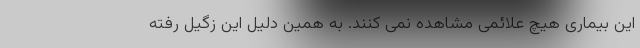
این بیماری هیچ علائمی مشاهده نمی کنند. به همین دلیل این زگیل رفته